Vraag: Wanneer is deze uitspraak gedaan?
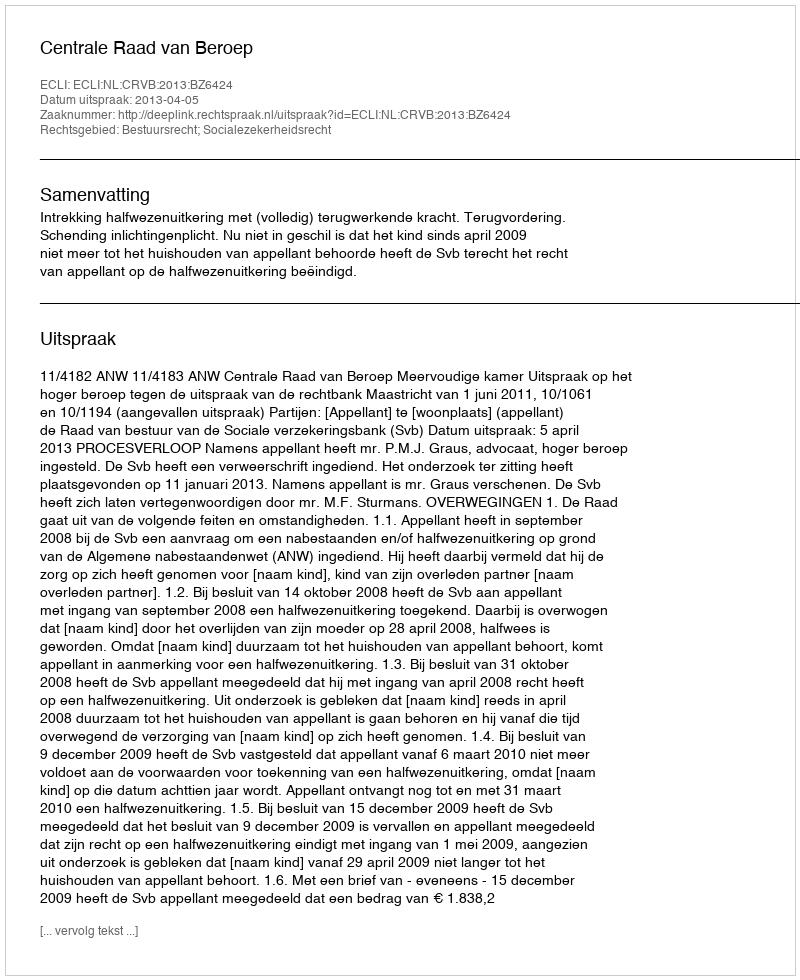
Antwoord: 2013-04-05